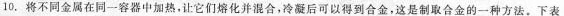
10.将不同金属在同一容器中加热，让它们熔化并混合，冷凝后可以得到合金，这是制取合金的一种方法。下表